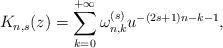
LaTeX: \begin{align*}K_{n,s}(z)=\sum_{k=0}^{+\infty}\omega_{n,k}^{(s)}u^{-(2s+1)n-k-1},\end{align*}